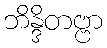
ဘိန္ဒိတဗ္ဗာ